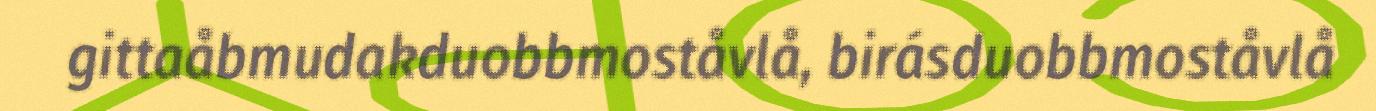
gittaåbmudakduobbmoståvlå, birásduobbmoståvlå